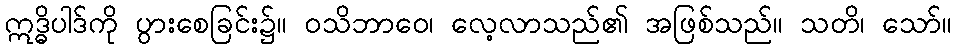
ဣဒ္ဓိပါဒ်ကို ပွားစေခြင်း၌။ ဝသိဘာဝေ၊ လေ့လာသည်၏ အဖြစ်သည်။ သတိ၊ သော်။